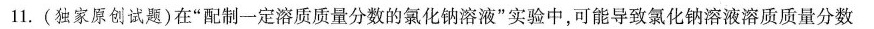
11.(独家原创试题)在”配制一定溶质质量分数的氯化钠溶液”实验中，可能导致氯化钠溶液溶质质量分数